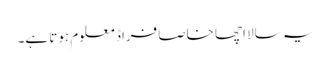
یہ سالا اچھا خاصا فراڈ معلوم ہوتا ہے۔